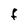
Character: f